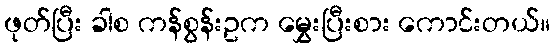
ဖုတ်ပြီး ခါစ ကန်စွန်းဥက မွှေးပြီးစား ကောင်းတယ်။